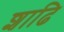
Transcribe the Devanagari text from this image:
शाढि